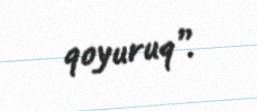
qoyuruq”.